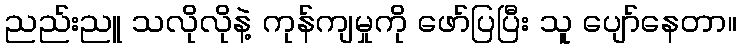
ညည်းညူ သလိုလိုနဲ့ ကုန်ကျမှုကို ဖော်ပြပြီး သူ ပျော်နေတာ။